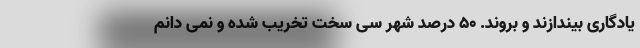
یادگاری بیندازند و بروند. 50 درصد شهر سی سخت تخریب شده و نمی دانم